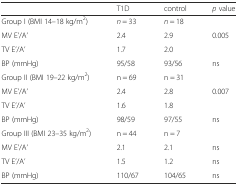
<table><thead><tr><td></td><td><b>T1D</b></td><td><b>control</b></td><td><b><i>p</i> value</b></td></tr></thead><tbody><tr><td>Group I (BMI 14–18 kg/m<sup>2</sup>)</td><td><i>n</i> = 33</td><td><i>n</i> = 18</td><td></td></tr><tr><td>MV E’/A’</td><td>2.4</td><td>2.9</td><td>0.005</td></tr><tr><td>TV E’/A’</td><td>1.7</td><td>2.0</td><td></td></tr><tr><td>BP (mmHg)</td><td>95/58</td><td>93/56</td><td>ns</td></tr><tr><td>Group II (BMI 19–22 kg/m<sup>2</sup>)</td><td>n = 69</td><td>n = 31</td><td></td></tr><tr><td>MV E’/A’</td><td>2.4</td><td>2.8</td><td>0.007</td></tr><tr><td>TV E’/A’</td><td>1.6</td><td>1.8</td><td></td></tr><tr><td>BP (mmHg)</td><td>98/59</td><td>97/55</td><td>ns</td></tr><tr><td>Group III (BMI 23–35 kg/m<sup>2</sup>)</td><td>n = 44</td><td>n = 7</td><td></td></tr><tr><td>MV E’/A’</td><td>2.1</td><td>2.1</td><td>ns</td></tr><tr><td>TV E’/A’</td><td>1.5</td><td>1.2</td><td>ns</td></tr><tr><td>BP (mmHg)</td><td>110/67</td><td>104/65</td><td>ns</td></tr></tbody></table>